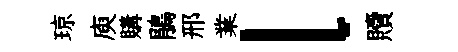
琼庾購鵑邢業l贖